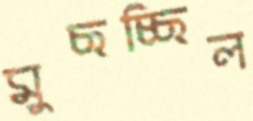
মুছচ্ছিল